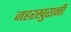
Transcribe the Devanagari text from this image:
जहरखुरानी